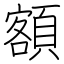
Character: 額